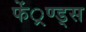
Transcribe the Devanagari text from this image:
फें्रण्ड्स